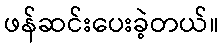
ဖန်ဆင်းပေးခဲ့တယ်။